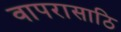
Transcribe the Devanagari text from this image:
वापरासाठि